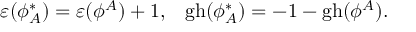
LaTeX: \varepsilon ( \phi _ { A } ^ { * } ) = \varepsilon ( \phi ^ { A } ) + 1 , \; \; \; \mathrm { g h } ( \phi _ { A } ^ { * } ) = - 1 - \mathrm { g h } ( \phi ^ { A } ) .